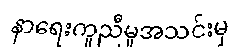
နာရေးကူညီမှုအသင်းမှ